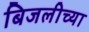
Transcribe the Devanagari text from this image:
बिजलीच्या